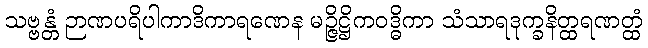
သဗ္ဗန္တံ ဉာဏပရိပါကာဒိကာရဏေန မဉ္ဇိဋ္ဌိကဝဒ္ဓိကာ သံသာရဒုက္ခနိတ္ထရဏတ္ထံ